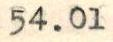
54.01